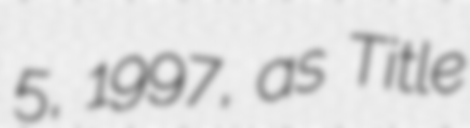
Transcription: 5, 1997, as Title